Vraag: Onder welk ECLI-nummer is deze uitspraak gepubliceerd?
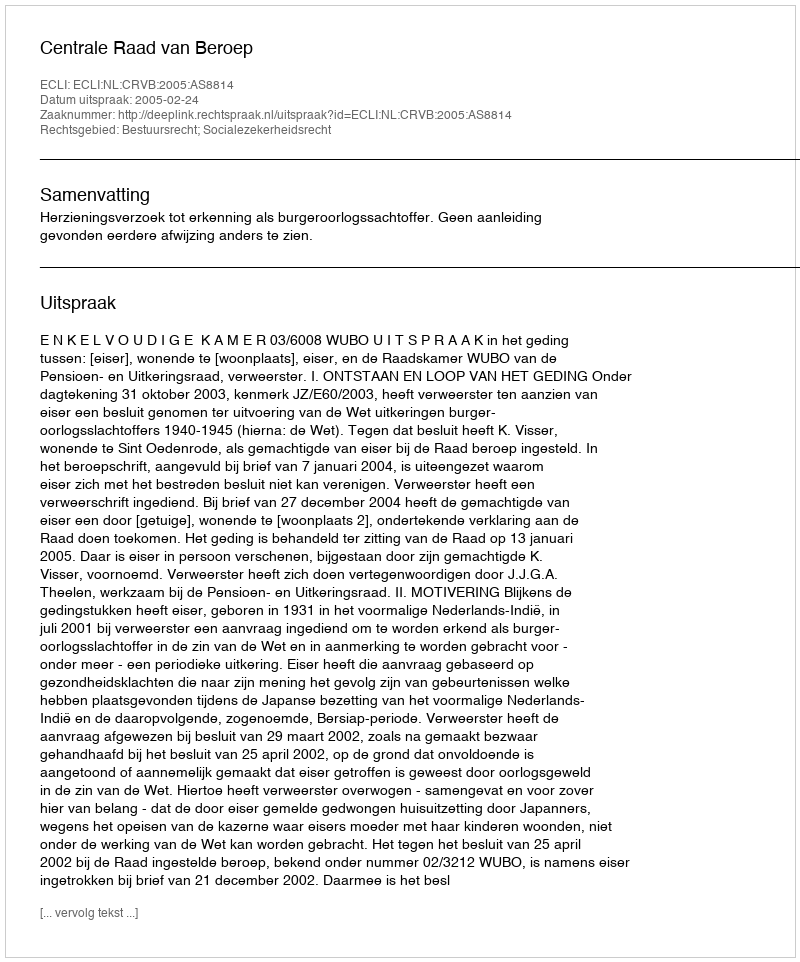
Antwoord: ECLI:NL:CRVB:2005:AS8814